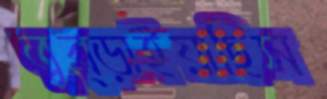
তুব্‌ড়াইয়াছিস